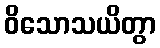
ဝိသောသယိတွာ